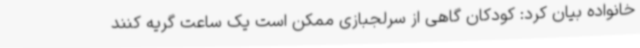
خانواده بیان کرد: کودکان گاهی از سرلجبازی ممکن است یک ساعت گریه کنند